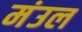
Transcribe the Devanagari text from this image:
मंउल